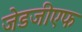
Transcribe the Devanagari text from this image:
जेडजीएफ